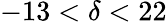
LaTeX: -13<\delta<22